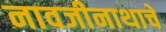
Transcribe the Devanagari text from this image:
नावजीनाथाचे